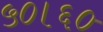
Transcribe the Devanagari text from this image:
५०।६०